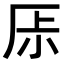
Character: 𠩏